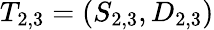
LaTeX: T_{2,3}=(S_{2,3},D_{2,3})